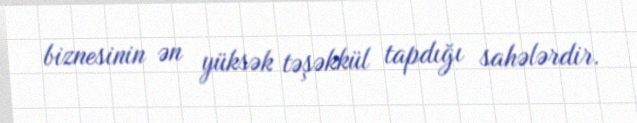
biznesinin ən yüksək təşəkkül tapdığı sahələrdir.